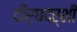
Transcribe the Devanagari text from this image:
दीर्घदर्शी